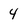
Character: 4